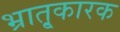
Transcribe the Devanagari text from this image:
भ्रातृ्कारक